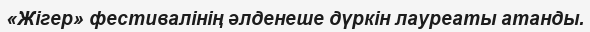
«Жігер» фестивалінің әлденеше дүркін лауреаты атанды.